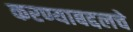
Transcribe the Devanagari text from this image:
करण्याबद्दलचे